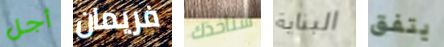
أجل فريمان سنأخذك البناية يتفق